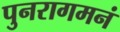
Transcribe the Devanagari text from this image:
पुनरागमनं